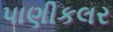
પાણીકલર